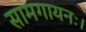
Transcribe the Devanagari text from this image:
सामगायनः।